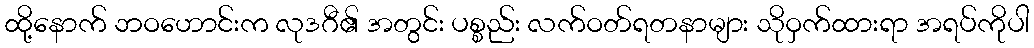
ထို့နောက် ဘဝဟောင်းက လုဒဂီ၏ အတွင်း ပစ္စည်း လက်ဝတ်ရတနာများ သိုဝှက်ထားရာ အရပ်ကိုပါ